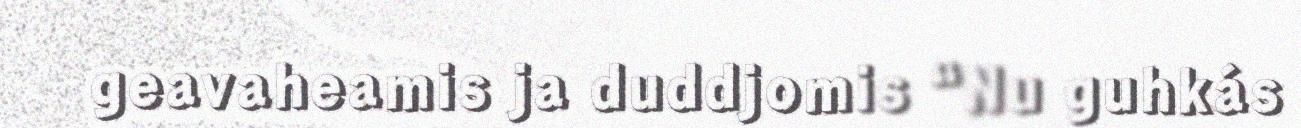
geavaheamis ja duddjomis “Nu guhkás